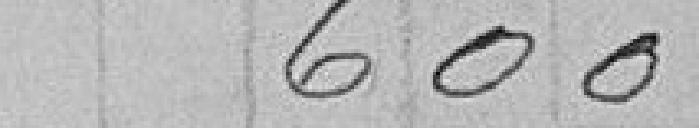
600